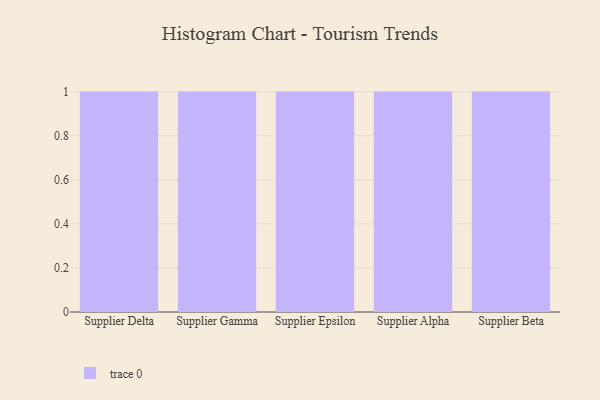
{"axis": {"x": "Supplier", "y": "Conversion Rate (%)"}, "legend": [""], "data": [{"x": "Supplier Delta", "y": 75, "type": ""}, {"x": "Supplier Gamma", "y": 92, "type": ""}, {"x": "Supplier Epsilon", "y": 57, "type": ""}, {"x": "Supplier Alpha", "y": 51, "type": ""}, {"x": "Supplier Beta", "y": 64, "type": ""}]}